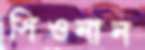
সিওনান